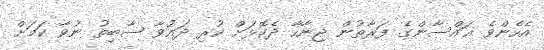
އެހެންވެ ޣައްސާންގެ ފަރާތުން ޖިނާހާ ދެކޮޅަށް ކުރި ދައުވާ ސާބިތު ނުވާ ކަމަށް